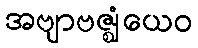
အဗျာဗဇ္ဈံယေဝ